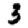
Digit: 3